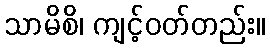
သာမိစိ၊ ကျင့်ဝတ်တည်း။